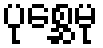
ပုစ္ဆေမု